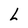
Character: L